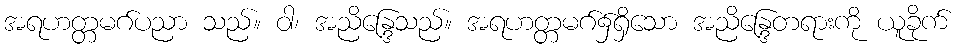
အရဟတ္တမဂ်ပညာ သည်။ ဝါ၊ အညိန္ဒြေသည်။ အရဟတ္တမဂ်၌ရှိသော အညိန္ဒြေတရားကို ယူခိုက်